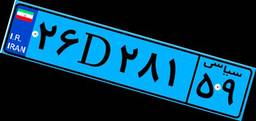
۲۶D۲۸۱۵۹